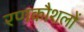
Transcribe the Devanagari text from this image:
रणकौशलों